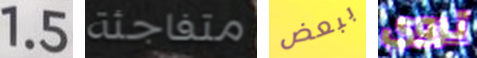
1.5 متفاجئة ببعض تروي